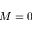
M = 0